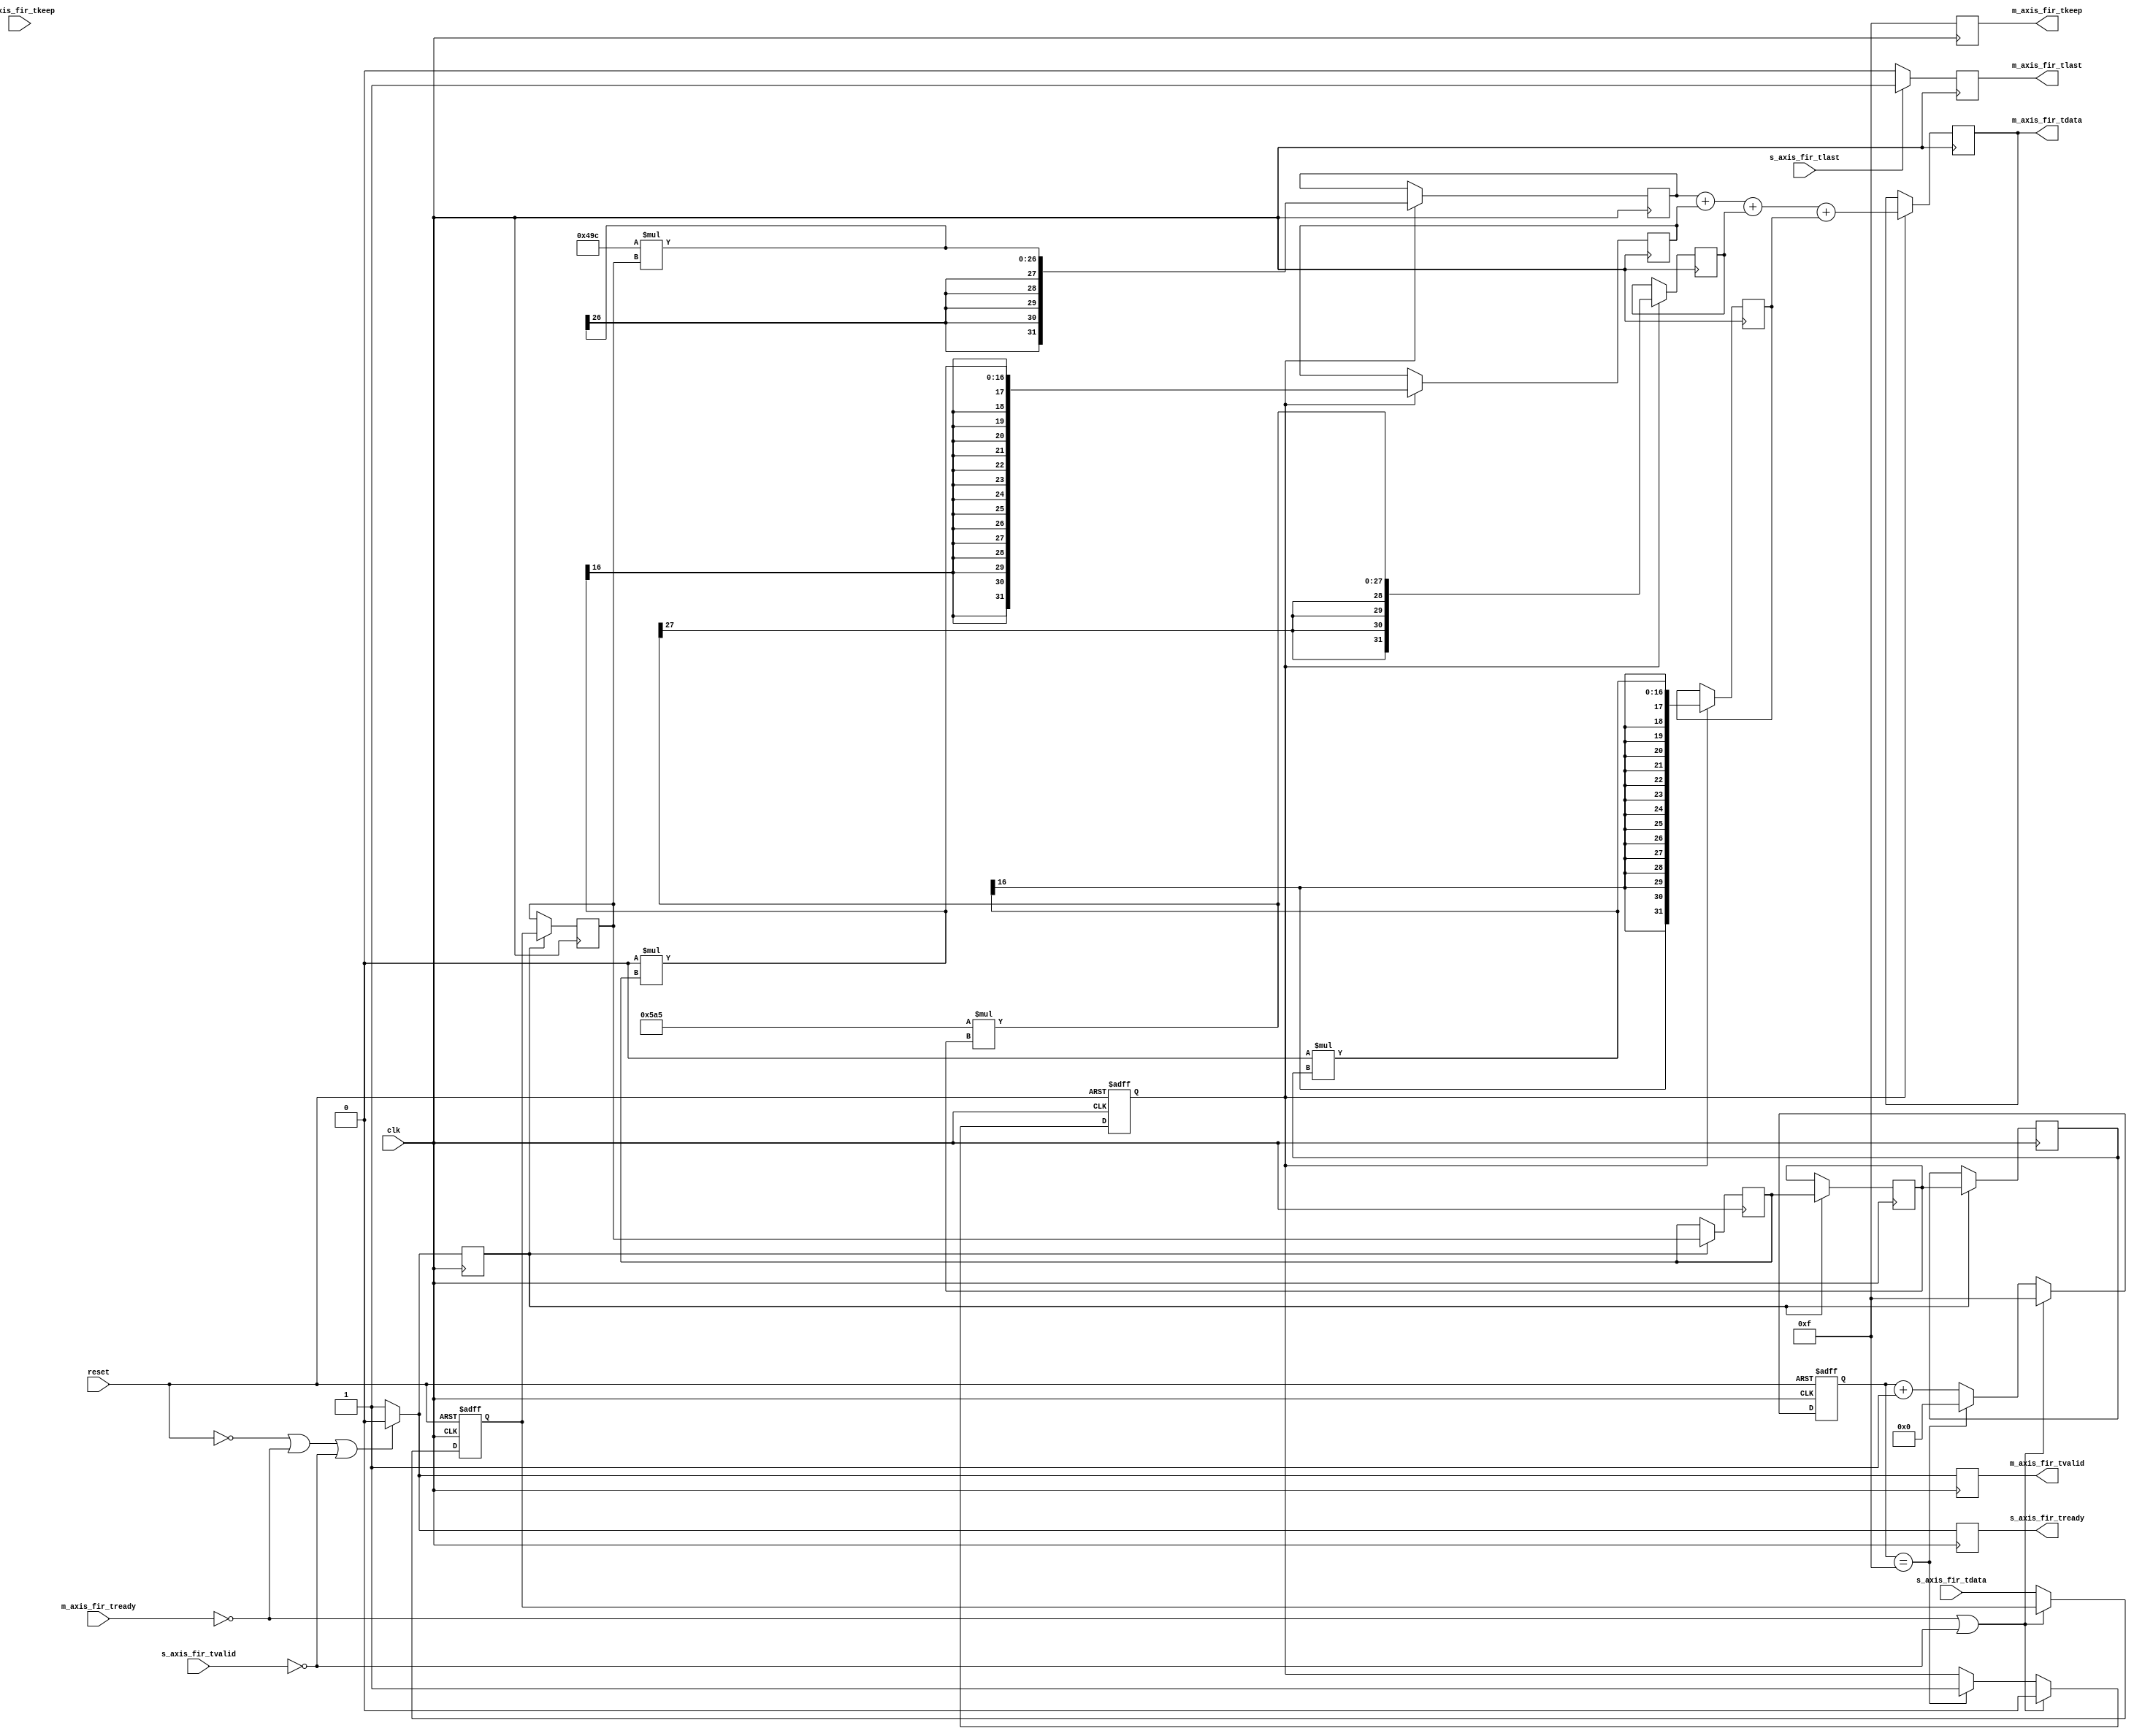
`timescale 1ns / 1ps

module FIR(
    input clk,
    input reset,
    input signed [15:0] s_axis_fir_tdata, 
    input [3:0] s_axis_fir_tkeep,
    input s_axis_fir_tlast,
    input s_axis_fir_tvalid,
    input m_axis_fir_tready,
    output reg m_axis_fir_tvalid,
    output reg s_axis_fir_tready,
    output reg m_axis_fir_tlast,
    output reg [3:0] m_axis_fir_tkeep,
    output reg signed [31:0] m_axis_fir_tdata
    );


    always @ (posedge clk)
        begin
            m_axis_fir_tkeep <= 4'hf;
        end
        
    always @ (posedge clk)
        begin
            if (s_axis_fir_tlast == 1'b1)
                begin
                    m_axis_fir_tlast <= 1'b1;
                end
            else
                begin
                    m_axis_fir_tlast <= 1'b0;
                end
        end
    
    // 15-tap FIR 
    reg enable_fir, enable_buff;
    reg [3:0] buff_cnt;
    reg signed [15:0] in_sample; 
    reg signed [15:0] buff0, buff1, buff2, buff3; 
    wire signed [15:0] tap0, tap1, tap2, tap3; 
    reg signed [31:0] acc0, acc1, acc2, acc3; 

    
    /* Taps for LPF running @ 1MSps with a cutoff freq of 400kHz*/
    assign tap0 = 16'hFC9C;  // twos(-0.0265 * 32768) = 0xFC9C
    assign tap1 = 16'h0000;  // 0
    assign tap2 = 16'h05A5;  // 0.0441 * 32768 = 1445.0688 = 1445 = 0x05A5
    assign tap3 = 16'h0000;  // 0
    
    /* This loop sets the tvalid flag on the output of the FIR high once 
     * the circular buffer has been filled with input samples for the 
     * first time after a reset condition. */
    always @ (posedge clk or negedge reset)
        begin
            if (reset == 1'b0) //if (reset == 1'b0 || tvalid_in == 1'b0)
                begin
                    buff_cnt <= 4'd0;
                    enable_fir <= 1'b0;
                    in_sample <= 8'd0;
                end
            else if (m_axis_fir_tready == 1'b0 || s_axis_fir_tvalid == 1'b0)
                begin
                    enable_fir <= 1'b0;
                    buff_cnt <= 4'd15;
                    in_sample <= in_sample;
                end
            else if (buff_cnt == 4'd15)
                begin
                    buff_cnt <= 4'd0;
                    enable_fir <= 1'b1;
                    in_sample <= s_axis_fir_tdata;
                end
            else
                begin
                    buff_cnt <= buff_cnt + 1;
                    in_sample <= s_axis_fir_tdata;
                end
        end   

    always @ (posedge clk)
        begin
            if(reset == 1'b0 || m_axis_fir_tready == 1'b0 || s_axis_fir_tvalid == 1'b0)
                begin
                    s_axis_fir_tready <= 1'b0;
                    m_axis_fir_tvalid <= 1'b0;
                    enable_buff <= 1'b0;
                end
            else
                begin
                    s_axis_fir_tready <= 1'b1;
                    m_axis_fir_tvalid <= 1'b1;
                    enable_buff <= 1'b1;
                end
        end
    
    /* Circular buffer bring in a serial input sample stream that 
     * creates an array of 15 input samples for the 15 taps of the filter. */
    always @ (posedge clk)
        begin
            if(enable_buff == 1'b1)
                begin
                    buff0 <= in_sample;
                    buff1 <= buff0;        
                    buff2 <= buff1;         
                    buff3 <= buff2;      
                   
                end
            else
                begin
                    buff0 <= buff0;
                    buff1 <= buff1;        
                    buff2 <= buff2;         
                    buff3 <= buff3;      
                    
                end
        end
        
    /* Multiply stage of FIR */
    always @ (posedge clk)
        begin
            if (enable_fir == 1'b1)
                begin
                    acc0 <= tap0 * buff0;
                    acc1 <= tap1 * buff1;
                    acc2 <= tap2 * buff2;
                    acc3 <= tap3 * buff3;
                end
        end    
        
     /* Accumulate stage of FIR */   
    always @ (posedge clk) 
        begin
            if (enable_fir == 1'b1)
                begin
                    m_axis_fir_tdata <= acc0 + acc1 + acc2 + acc3;
                end
        end     

    
    
endmodule